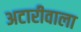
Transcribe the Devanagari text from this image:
अटारीवाला